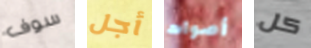
سوف أجل أصوات كل